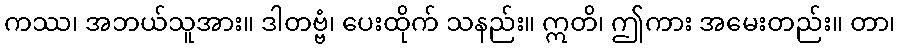
ကဿ၊ အဘယ်သူအား။ ဒါတဗ္ဗံ၊ ပေးထိုက် သနည်း။ ဣတိ၊ ဤကား အမေးတည်း။ တာ၊